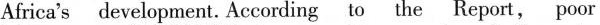
Africa's development. According to the Report, poor